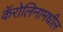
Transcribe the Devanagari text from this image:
कॅरोलिनामधील